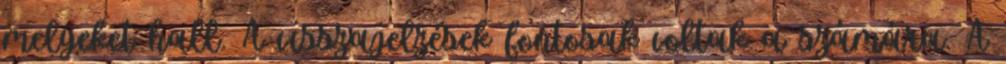
melyeket hall. A visszajelzések fontosak voltak a számára. A